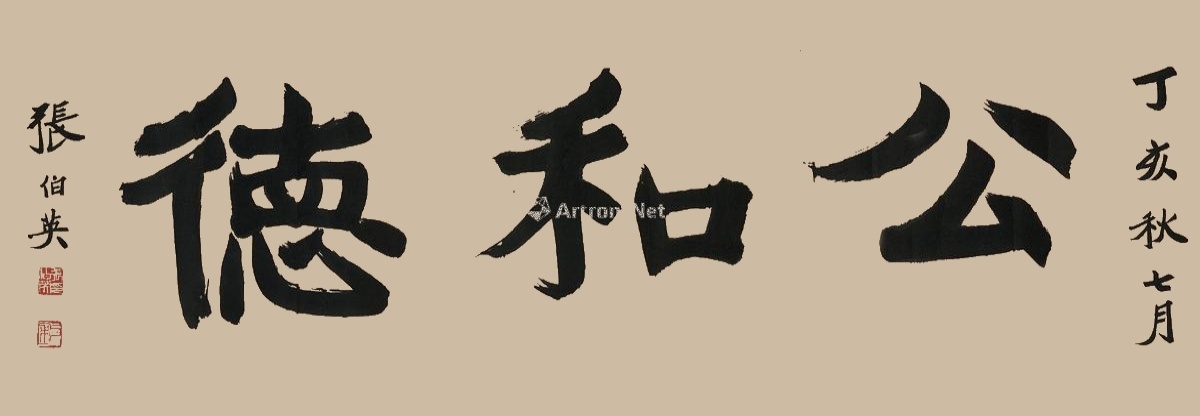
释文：公和德。丁亥秋七月，张伯英。